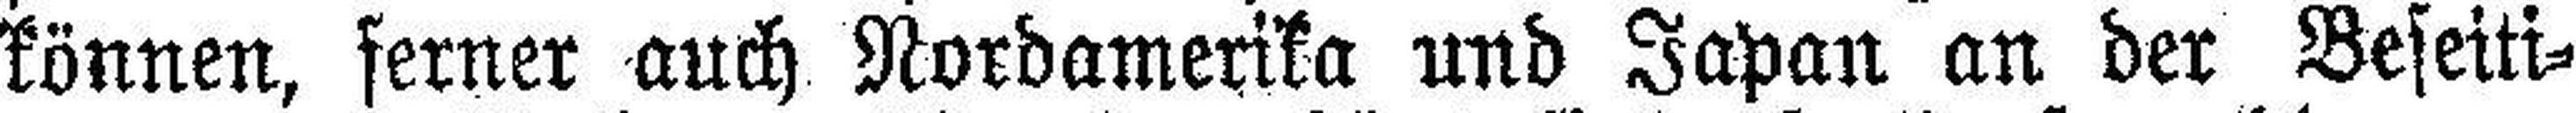
können, ferner auch Nordamerika und Japan an der Beseiti¬